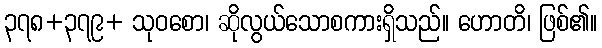
၃၇၈+၃၇၉+ သုဝစော၊ ဆိုလွယ်သောစကားရှိသည်။ ဟောတိ၊ ဖြစ်၏။